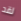
لقد